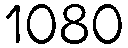
1080